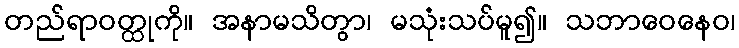
တည်ရာဝတ္ထုကို။ အနာမသိတွာ၊ မသုံးသပ်မူ၍။ သဘာဝေနေဝ၊